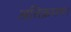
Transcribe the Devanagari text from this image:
अतिक्रमण।